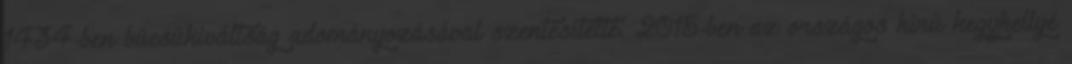
1434-ben búcsúkiváltság adományozásával szentesítette. 2015-ben az országos hírű kegyhellyé